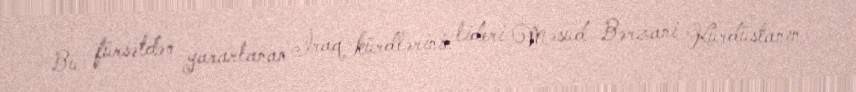
Bu fürsətdən yararlanan İraq kürdlərinin lideri Məsud Bərzani Kürdüstanın